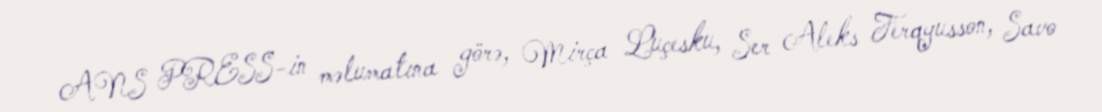
ANS PRESS-in məlumatına görə, Mirça Luçesku, Ser Aleks Ferqyusson, Savo